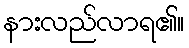
နားလည်လာရ၏။